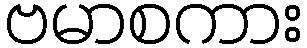
ဗမာစကား